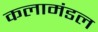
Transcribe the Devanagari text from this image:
कलामंडल